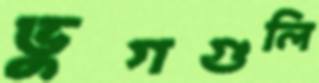
ভুগগুলি